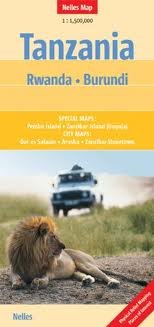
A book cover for Tanzania, Rwanda and Burundi Nelles map [Folded Map] Publisher: Nelles Verlag; Nelles; Travel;